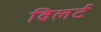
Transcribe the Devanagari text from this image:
विलर्ट